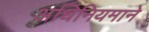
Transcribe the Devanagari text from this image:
अधिनियमाने